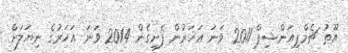
ޔޫތު ޗެމްޕިއަންޝިޕް 2011 ވަނަ އަހަރުން ފެށިގެން 2014 ވަނަ އަހަރުގެ ނިޔަލަށް